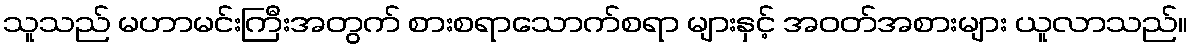
သူသည် မဟာမင်းကြီးအတွက် စားစရာသောက်စရာ များနှင့် အဝတ်အစားများ ယူလာသည်။